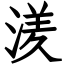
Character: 湵